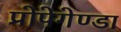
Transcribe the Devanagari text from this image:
प्रोपेगेण्डा